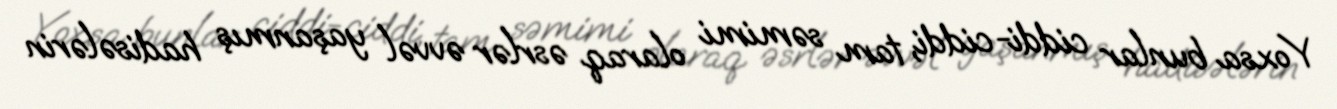
Yoxsa bunlar ciddi-ciddi, tam səmimi olaraq əsrlər əvvəl yaşanmış hadisələrin